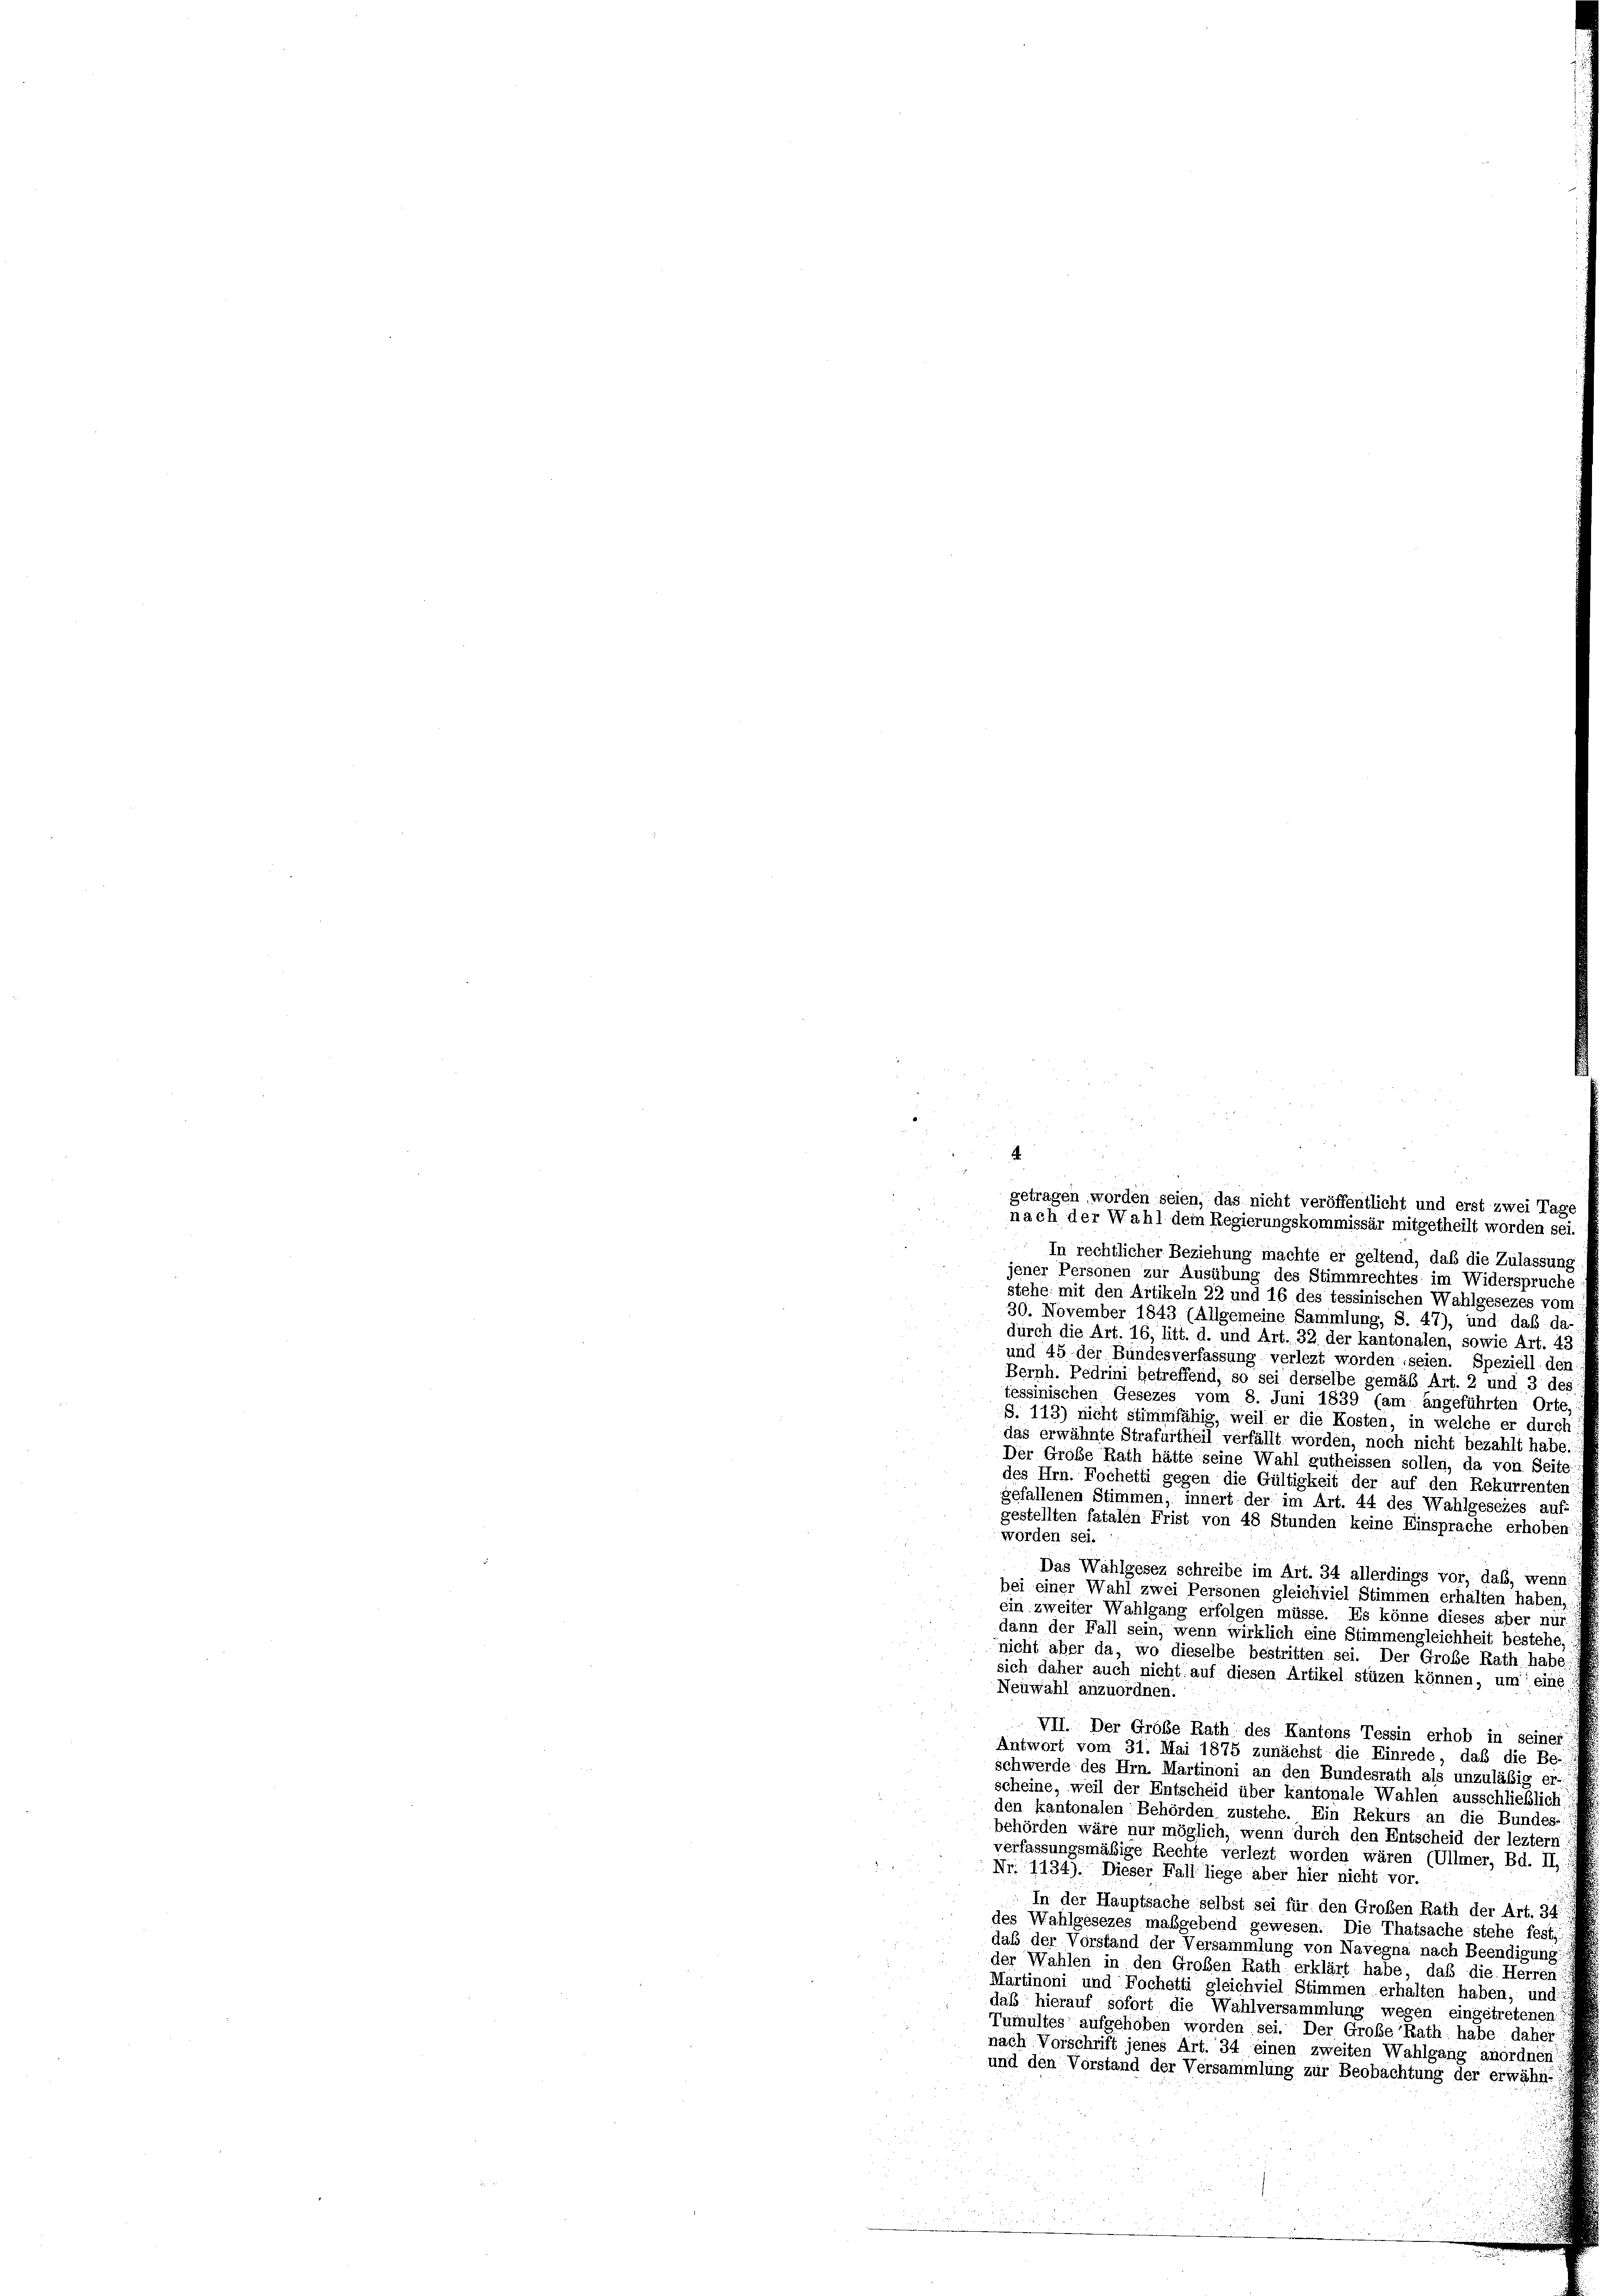
.
getragen worden seien, das nicht veröffentlicht und erst zwei Tagnach der Wahl dem Regierungskommissär mitgetheilt worden sei
In rechtlicher Beziehung machte er geltend, daß die Zulassung
jener Personen zur Ausübung des Stimmrechtes im Widerspruche
stehe mit den Artikeln 22 und 16 des tessinischen Wahlgesezes vom
30. November 1843 (Allgemeine Sammlung, S. 47), und daß da
durch die Art. 16, litt. d. und Art. 32 der kantonalen, sowie Art. 43
und 45 der Bundesverfassung verlezt worden seien. Speziell den
Bernh. Pedrini betreffend, so sei derselbe gemäß Art. 2 und 3 des
tessinischen Gesezes vom 8. Juni 1839 (am angeführten Orte,
S. 113) nicht stimmfähig, weil er die Kosten, in welche er durch
das erwähnte Strafurtheil verfällt worden, noch nicht bezahlt habe
Der Große Rath hätte seine Wahl gutheissen sollen, da von Seite
des Hrn. Fochetti gegen die Gültigkeit der auf den Rekurrenten
gefallenen Stimmen, innert der im Art. 44 des Wahlgesezes aufs
gestellten fatalen Frist von 48 Stunden keine Einsprache erhoben
worden sei
Das Wahlgesez schreibe im Art. 34 allerdings vor, daß, wenn
bei einer Wahl zwei Personen gleichviel Stimmen erhalten haben,
ein zweiter Wahlgang erfolgen müsse. Es könne dieses aber nur
dann der Fall sein, wenn wirklich eine Stimmengleichheit bestehe,
nicht aber da, wo dieselbe bestritten sei. Der Große Rath habe
sich daher auch nicht auf diesen Artikel stüzen können, um eine
Neuwahl anzuordnen.
VII. Der Größe Rath des Kantons Tessin erhob in seiner
Antwort vom 31. Mai 1875 zunächst die Einrede, daß die Be-
schwerde des Hrn. Martinoni an den Bundesrath als unzuläßig er-
scheine, weil der Entscheid über kantonale Wahlen ausschließlich
den kantonalen Behörden zustehe. Ein Rekurs an die Bundes-
behörden wäre nur möglich, wenn durch den Entscheid der leztem
verfassungsmäßige Rechte verlezt worden wären (Ullmer, Bd. II,
Nr. 1134). Dieser Fall liege aber hier nicht vor.
In der Hauptsache selbst sei für den Großen Rath der Art. 34.
des Wahlgesezes maßgebend gewesen. Die Thatsache stehe fest,
daß der Vorstand der Versammlung von Navegna nach Beendigung:
der Wahlen in den Großen Rath erklärt habe, daß die Herren
Martinoni und Fochetti gleichviel Stimmen erhalten haben, und
daß hierauf sofort die Wahlversammlung wegen eingetretenen
Tumultes aufgehoben worden sei. Der Große Rath habe daher
nach Vorschrift jenes Art. 34 einen zweiten Wahlgang anordnen
und den Vorstand der Versammlung zur Beobachtung der erwähnt